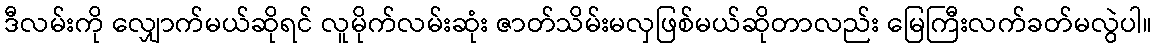
ဒီလမ်းကို လျှောက်မယ်ဆိုရင် လူမိုက်လမ်းဆုံး ဇာတ်သိမ်းမလှဖြစ်မယ်ဆိုတာလည်း မြေကြီးလက်ခတ်မလွဲပါ။